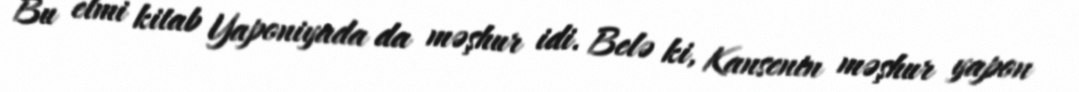
Bu elmi kitab Yaponiyada da məşhur idi. Belə ki, Kansenin məşhur yapon